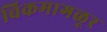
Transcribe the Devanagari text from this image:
चिकमागळूर